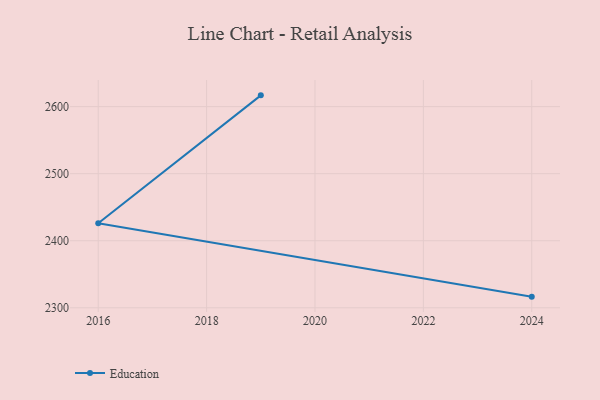
{"axis": {"x": "Year", "y": "Bounce Rate (%)"}, "legend": ["Education"], "data": [{"x": "2024", "y": 2316.6, "type": "Education"}, {"x": "2016", "y": 2426.1, "type": "Education"}, {"x": "2019", "y": 2616.8, "type": "Education"}]}